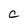
Character: C